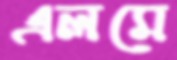
এলমে